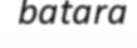
batara